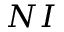
N I